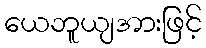
ယေဘူယျအားဖြင့်